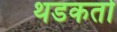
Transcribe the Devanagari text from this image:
थडकतो